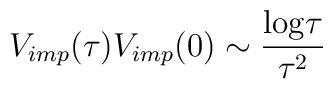
V_{imp}(\tau)V_{imp}(0)\sim {{\rm log}\tau\over\tau^2}